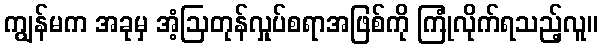
ကျွန်မက အခုမှ အံ့ဩတုန်လှုပ်စရာအဖြစ်ကို ကြုံလိုက်ရသည့်လူ။